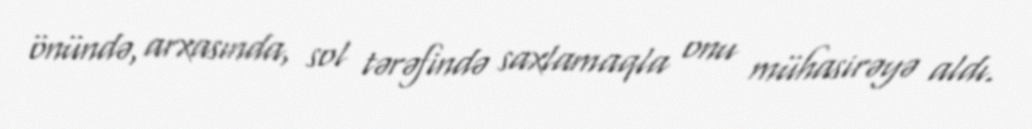
önündə, arxasında, sol tərəfində saxlamaqla onu mühasirəyə aldı.